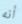
أنه